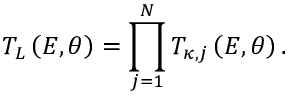
T _ { L } \left( E , \theta \right) = \prod _ { j = 1 } ^ { N } T _ { \kappa , j } \left( E , \theta \right) .